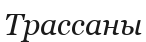
Трассаны